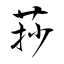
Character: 莏